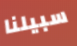
سبيلنا